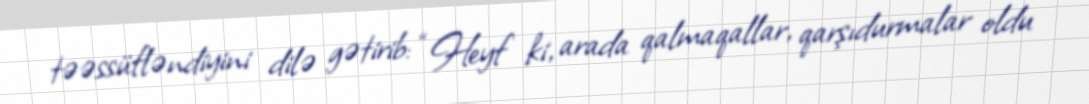
təəssüfləndiyini dilə gətirib: “Heyf ki, arada qalmaqallar, qarşıdurmalar oldu